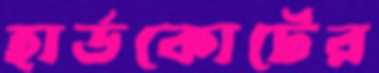
হার্ডকোর্টের